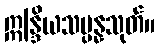
ဣန္ဒြိယသမ္ပန္နသုတ်။